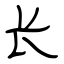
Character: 长